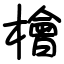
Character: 檜